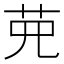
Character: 𦰋